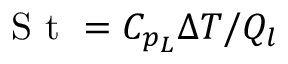
\mathrm { ~ S ~ t ~ } = C _ { p _ { L } } \Delta T / Q _ { l }